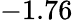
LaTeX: -1.76